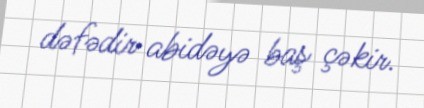
dəfədir abidəyə baş çəkir.